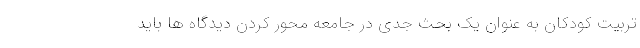
تربیت کودکان به عنوان یک بحث جدی در جامعه محور کردن دیدگاه ها باید